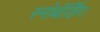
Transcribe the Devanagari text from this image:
स्नोबॉर्डिंग।